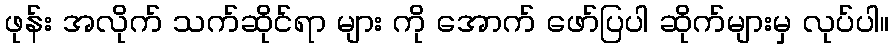
ဖုန်း အလိုက် သက်ဆိုင်ရာ များ ကို အောက် ဖော်ပြပါ ဆိုက်များမှ လုပ်ပါ။